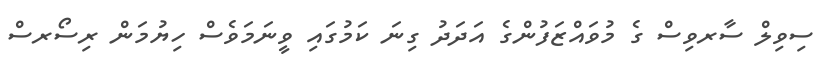
ސިވިލް ސާރވިސް ގެ މުވައްޒަފުންގެ އަދަދު ގިނަ ކަމުގައި ވީނަމަވެސް ހިޔުމަން ރިސޯރސް